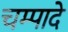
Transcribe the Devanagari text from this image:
चम्पादे